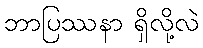
ဘာပြဿနာ ရှိလို့လဲ